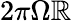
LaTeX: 2\pi\Omega\mathbb{R}